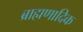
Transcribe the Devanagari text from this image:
ब्राह्मणादिक